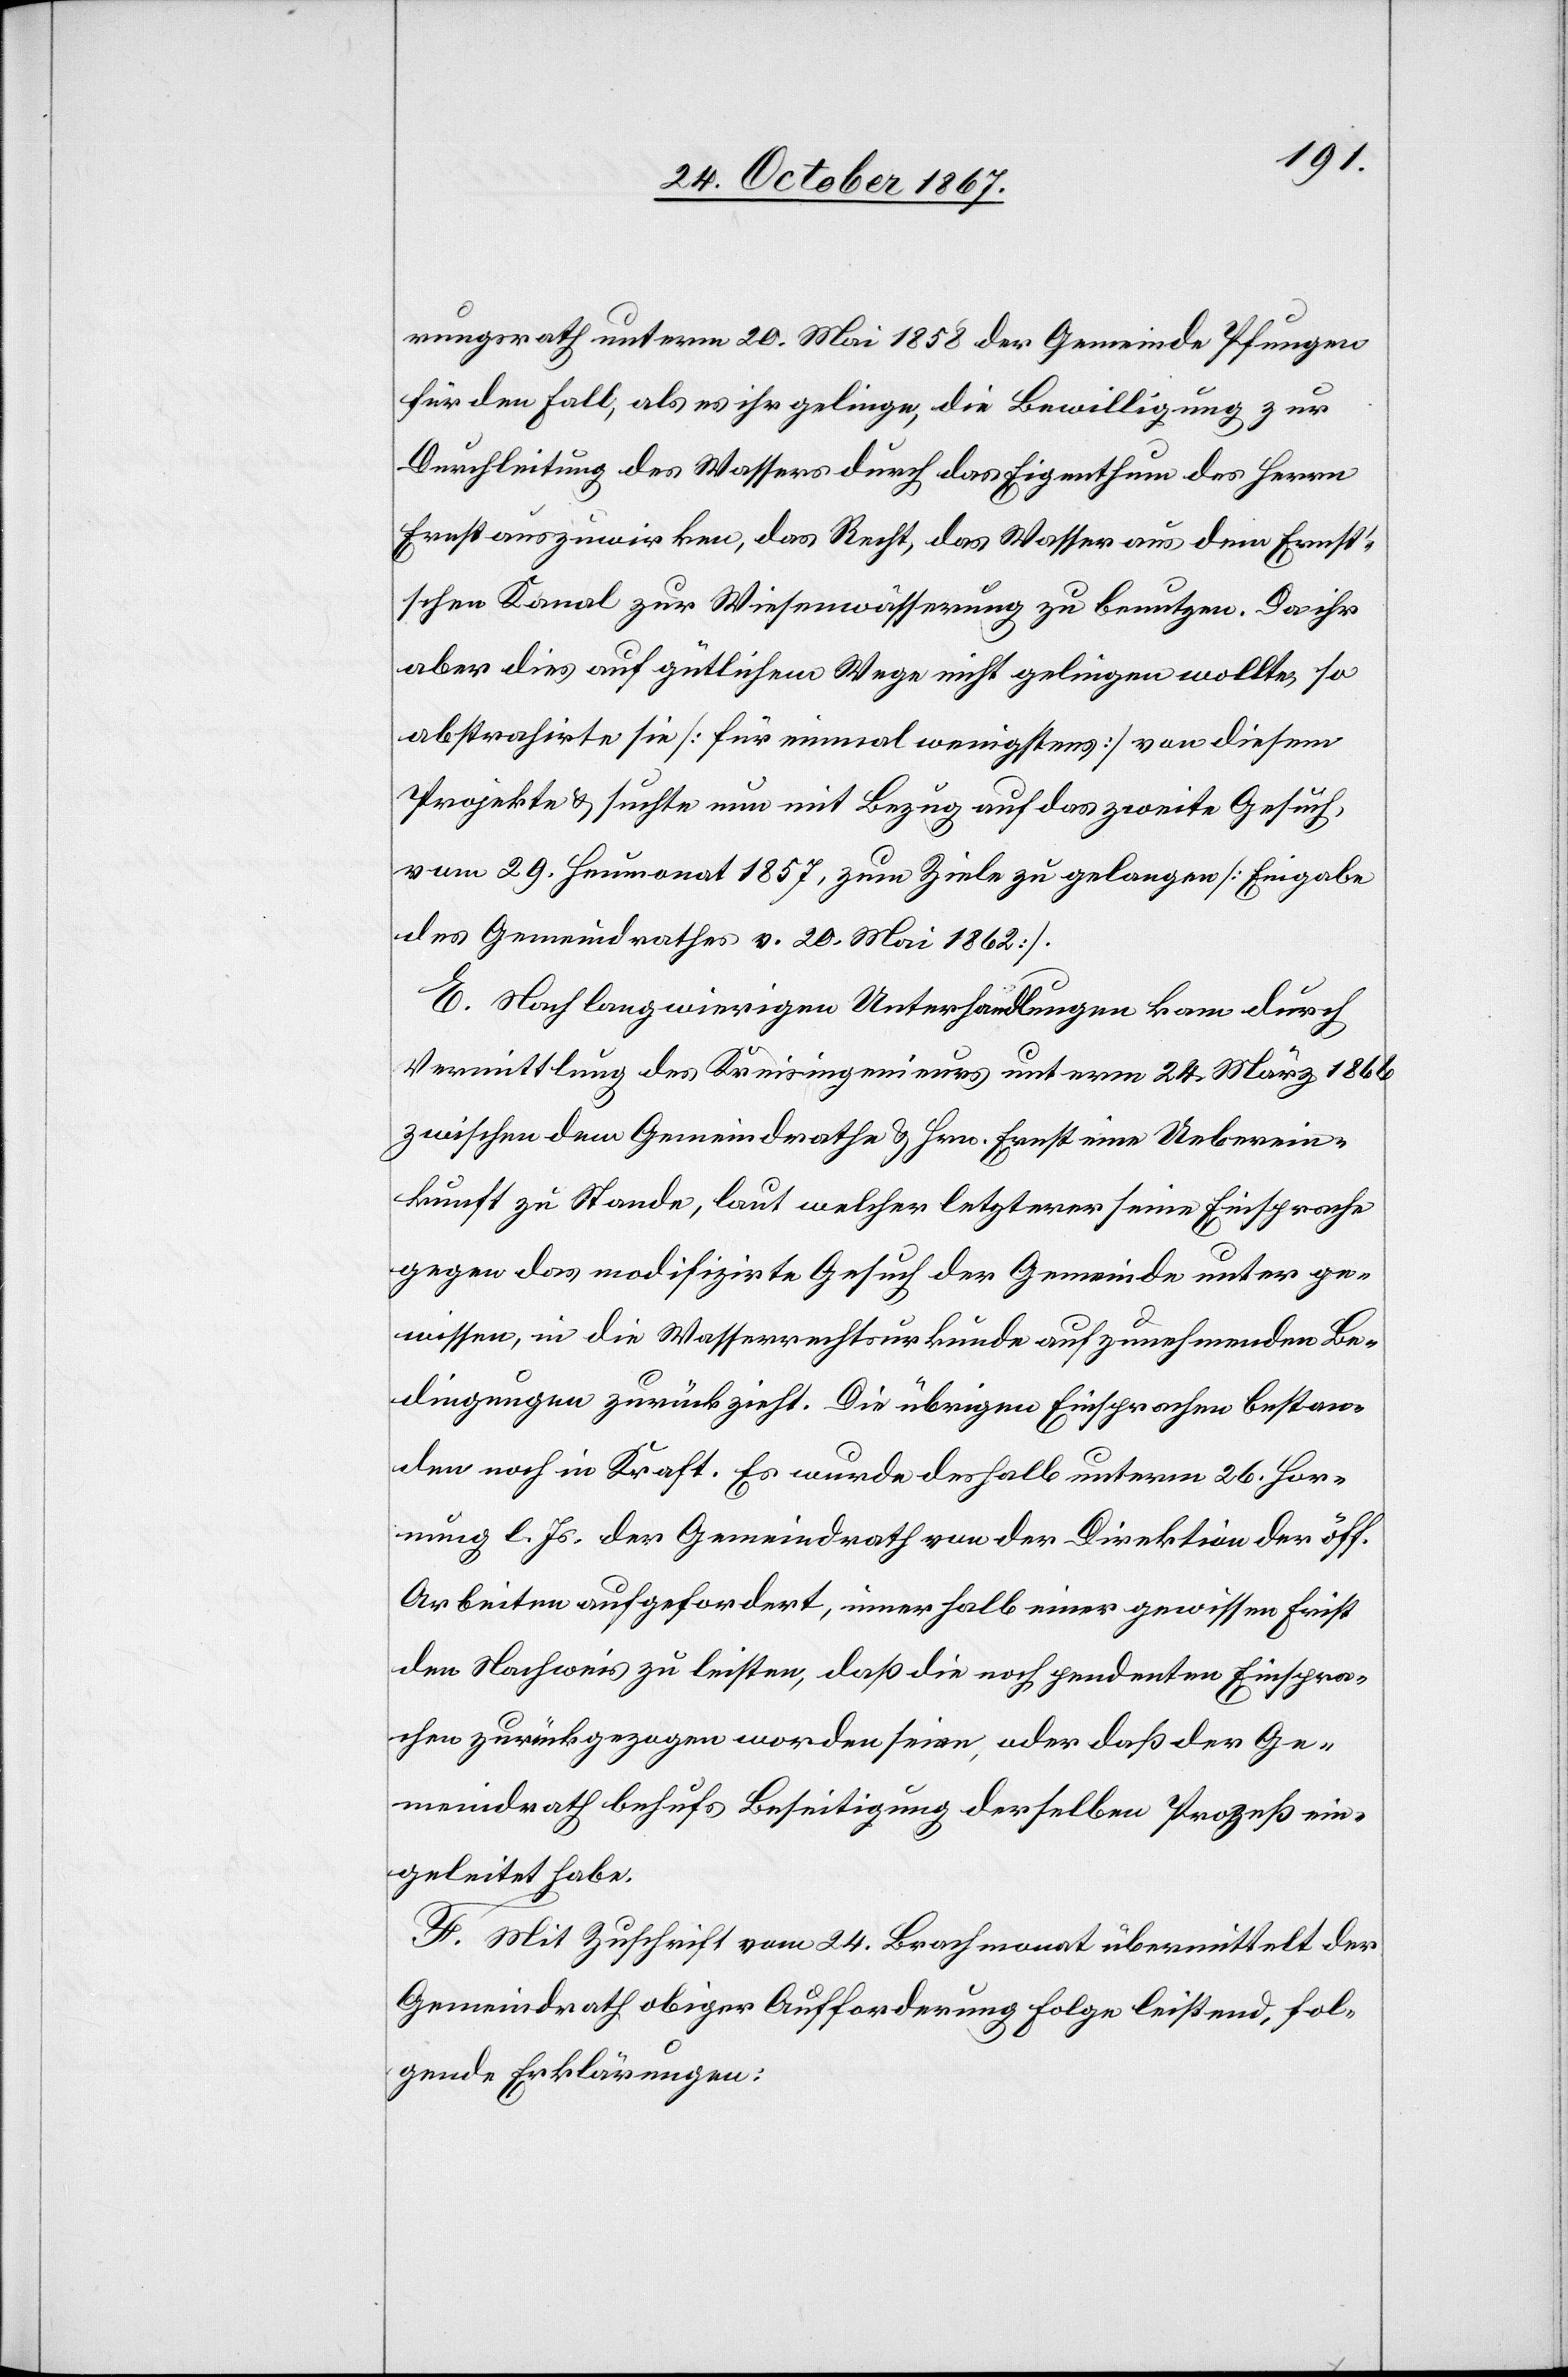
rungsrath unterm 20. Mai 1858 der Gemeinde Pfungen
für den Fall, als es ihr gelinge, die Bewilligung zur
Durchleitung des Wassers durch das Eigenthum des Herrn
Ernst auszuwirken, das Recht, das Wasser aus dem Ernst’s¬
chen Kanal zur Wiesenwässerung zu benutzen. Da ihr
aber dies auf gütlichem Wege nicht gelingen wollte, so
abstrahirte sie [für einmal wenigstens] von diesem
Projekte u. suchte nun mit Bezug auf das zweite Gesuch,
vom 29. Heumonat 1857, zum Ziele zu gelangen [Eingabe
des Gemeindrathes v. 20. Mai 1862].
E. Nach langwierigen Unterhandlungen kam durch
Vermittlung des Kreisingenieurs unterm 24. März 1866
zwischen dem Gemeindrathe u. Hrn. Ernst eine Ueberein¬
kunft zu Stande, laut welcher letzterer seine Einsprache
gegen das modifizirte Gesuch der Gemeinde unter ge¬
wissen, in die Wasserrechtsurkunde aufzunehmenden Be¬
dingungen zurückzieht. Die übrigen Einsprachen bestan¬
den noch in Kraft. Es wurde deshalb unterm 26. Hor¬
nung l. Js. der Gemeindrath von der Direktion der öff.
Arbeiten aufgefordert, innerhalb einer gewissen Frist
den Nachweis zu leisten, daß die noch pendenten Einspra¬
chen zurückgezogen worden seien, oder daß der Ge¬
meindrath behufs Beseitigung derselben Prozeß ein¬
geleitet habe.
F. Mit Zuschrift vom 24. Brachmonat übermittelt der
Gemeindrath obiger Aufforderung Folge leistend, fol¬
gende Erklärungen: